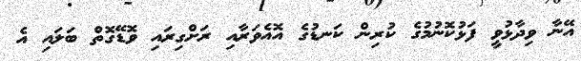
އޭނާ ވިދާޅުވީ ފަޅުކޮނުމުގެ ކުރިން ކަނޑުގެ އޮއެވަރާއި ރަށްގިރައި ވޮޑޭގޮތް ބަލައި އެ